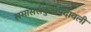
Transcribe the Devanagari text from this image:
समाससंकुलपदावली